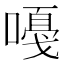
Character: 嘠